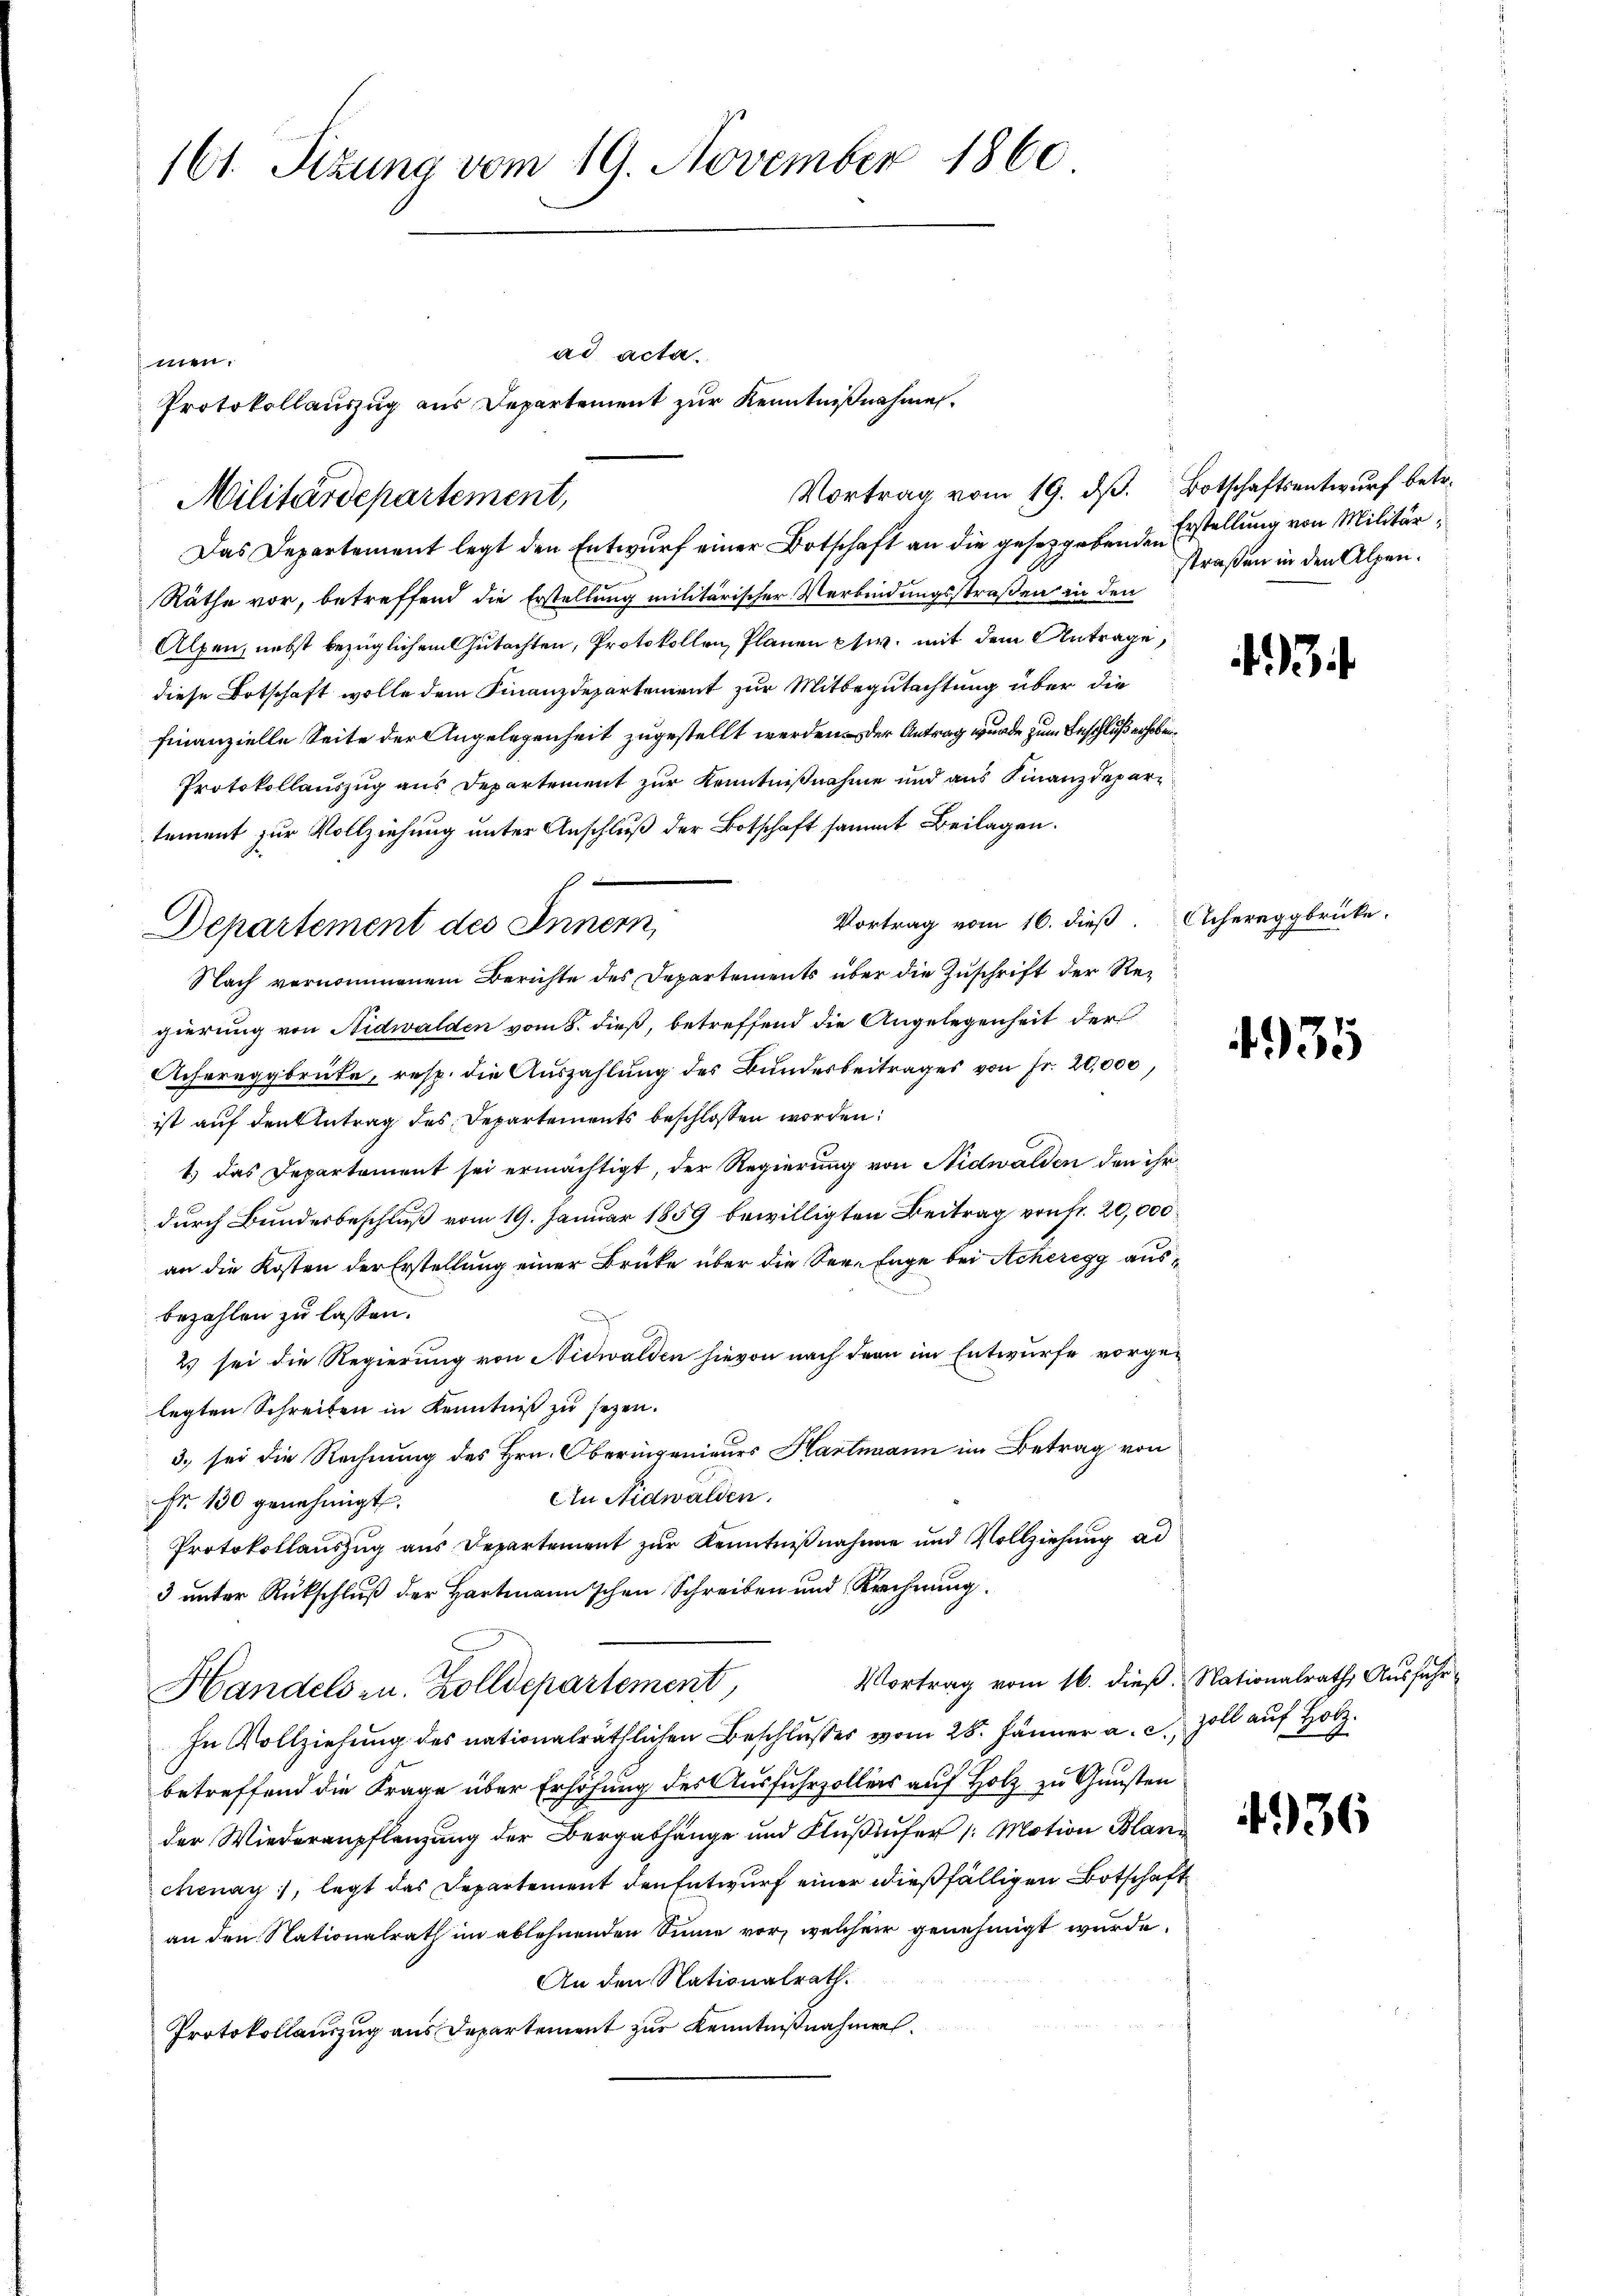
161. Sitzung vom 19. November 1860

men.
Das Departement legt den Entwurf einer Botschaft an die gesetzgebende Erstellung von Militär¬
Räthe vor, betreffend die Erstellung militärischer Verbindungsstraßen in den
Alpen, nebst bezüglichem Gutachten, Protokollen, Planen pr. mit dem Antrage,
diese Botschaft wolle dem Finanzdepartement zur Mitbegutachtung über die
finanzielle Seite der Angelegenheit zugestellt werden der Antrag wurde zum Beschluß erhoben.
Protokollauszug aus Departement zur Kenntnißnahme und aus Finanzdepar
tement zur Vollziehung unter Anschluß der Botschaft sammt Beilagen.
Vortrag vom 16. dieß. Achereggbrücke.
Nach vernommenem Berichte des Departements über die Zuschrift der Regierung von Nidwalden vom 8. dieß, betreffend die Angelegenheit der
Achereggbrüte, resp. die Auszahlung des Bundesbeitrages von Fr. 20,000,
ist auf den Antrag des Departements beschlossen worden:
1.) Das Departement sei ermächtigt, der Regierung von Nidwalden den ihr
durch Bundesbeschluß vom 19. Januar 1859 bewilligten Beitrag von fr. 20,000
an die Kosten der Erstellung einer Brüke über die See-Enge bei Acheregg ause
bezahlen zu lassen.
2) sei die Regierung von Nidwalden hievon nach denn im Entwurfe vorgelegten Schreiben in Kenntniß zu sezen.
3. sei die Rechnung des Hrn. Oberingenieurs Hartmann im Betrag von
An Nidwalden.
Fr. 130 genehmigt.
Protokollauszug aus Departement zur Kenntnißnahme und Vollziehung ad
3 unter Rückschluß der Hartmann'schen Schreiben und Rechnung.
Vortrag vom 16. dieß Nationalrath Ausfahr
Handels zu. Zolldepartement,
In Vollziehung des nationalräthlichen Beschlusses vom 28. Jänner a. c. Zoll auf Ho
betreffend die Frage über Erhöhung des Ausfuhrzollers auf Holz zu Gunsten
der Wiederanpflanzung der Bergabhänge und Flußufer /: Motion Blan
chenay, legt das Departement den Entwurf einer dießfälligen Botschaft
an den Nationalrath im ablehnenden Sinne vor, welcher genehmigt wurde.
An den Nationalrath.
Protokollauszug aus Departement zur Kenntnißnahmen.

Militärdepartement,

Departement des Inner,

ad acta.
Protokollauszug aus Departement zur Kenntnißnahmen.

Vortrag vom 19. dβ. Botschaftsentwurf betr.

straßen in den Alpen.

43

4935

2

4936